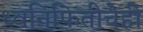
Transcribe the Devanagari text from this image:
ध्वनिफितीचेही